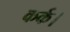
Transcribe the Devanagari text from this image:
कर्क।